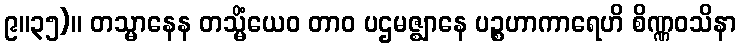
၉။၃၅)။ တသ္မာနေန တသ္မိံယေဝ တာဝ ပဌမဇ္ဈာနေ ပဉ္စဟာကာရေဟိ စိဏ္ဏဝသိနာ